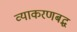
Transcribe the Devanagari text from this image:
व्याकरणबद्ध